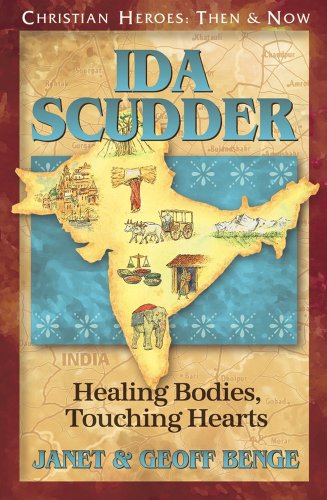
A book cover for Ida Scudder: Healing Bodies, Touching Hearts (Christian Heroes: Then & Now); Janet Benge; Children's Books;